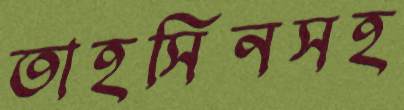
তাহসিনসহ